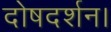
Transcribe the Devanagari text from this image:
दोषदर्शन।